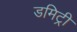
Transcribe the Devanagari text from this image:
डमिट्री